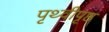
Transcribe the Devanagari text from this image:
पृथ्वीपृष्ठ